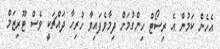
އެހެން ކަމުން އެ ރިސޯޓް ހިންގުމަށް ދިމާވެފައިވާ ހުރިހާ ދައްޗަކީ ވެސް ޓޫރިޒަމް